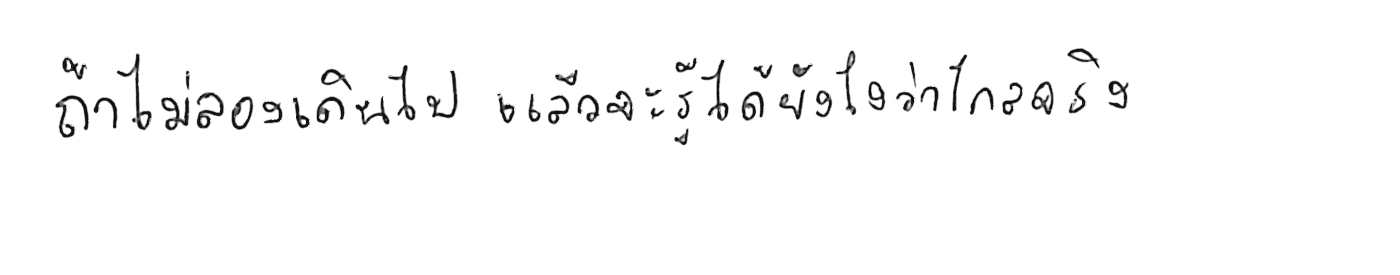
ถ้าไม่ลองเดินไป แล้วจะรู้ได้ยังไงว่าไกลจริง